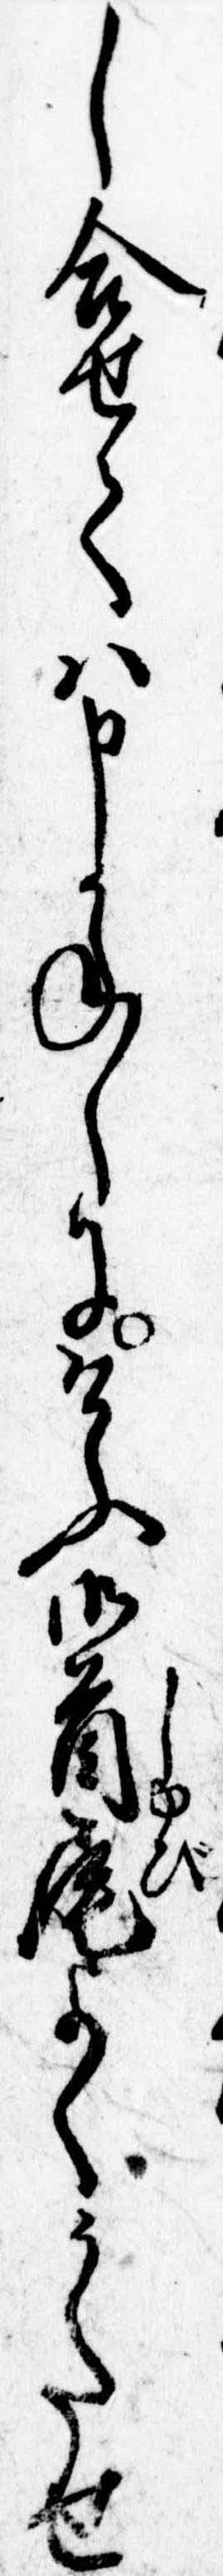
し合せては申かねしにけふ御首尾よくうたせ